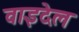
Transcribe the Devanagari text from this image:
वाइदेल